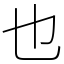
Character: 也